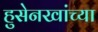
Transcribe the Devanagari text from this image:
हुसेनखांच्या